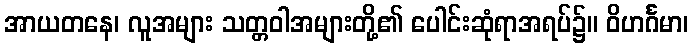
အာယတနေ၊ လူအများ သတ္တဝါအများတို့၏ ပေါင်းဆုံရာအရပ်၌။ ဝိဟင်္ဂမာ၊